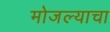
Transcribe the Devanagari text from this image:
मोजल्याचा